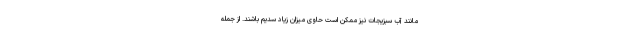
مانند آب سبزیجات نیز ممکن است حاوی میزان زیاد سدیم باشند. از جمله